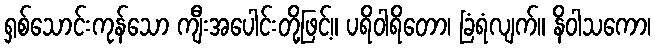
ရှစ်သောင်းကုန်သော ကျီးအပေါင်းတို့ဖြင့်။ ပရိဝါရိတော၊ ခြံရံလျက်။ နိဝါသကော၊